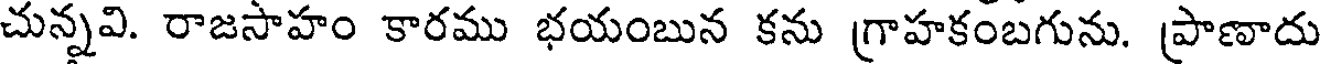
చున్నవి. రాజసాహం కారము భయంబున కను గ్రాహకంబగును. ప్రాణాదు